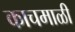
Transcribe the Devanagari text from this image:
काचमाळी